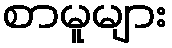
စာမူများ